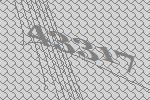
43317